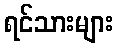
ရင်သားများ